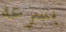
بسرعه